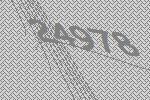
24978